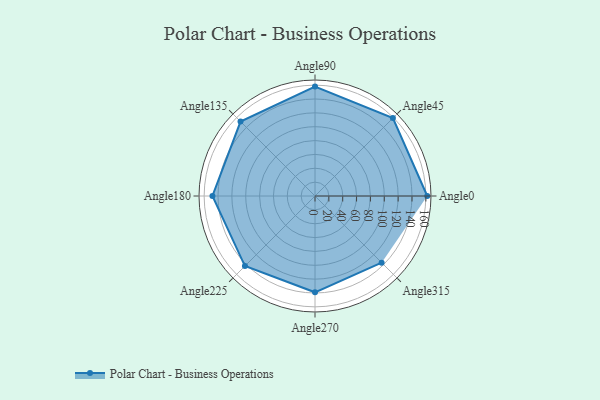
{"axis": {"x": "Angle", "y": "Radius"}, "legend": [""], "data": [{"x": "Angle0", "y": 162.0, "type": ""}, {"x": "Angle45", "y": 159.0, "type": ""}, {"x": "Angle90", "y": 158.0, "type": ""}, {"x": "Angle135", "y": 152.0, "type": ""}, {"x": "Angle180", "y": 148.0, "type": ""}, {"x": "Angle225", "y": 143.0, "type": ""}, {"x": "Angle270", "y": 139.0, "type": ""}, {"x": "Angle315", "y": 136.0, "type": ""}]}